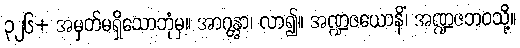
၃၂၆+ အမှတ်မရှိသောဘုံမှ။ အာဂန္တွာ၊ လာ၍။ အဏ္ဍဇယောနိံ၊ အဏ္ဍဇဘဝသို့။